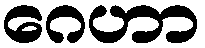
ဂေဟာ